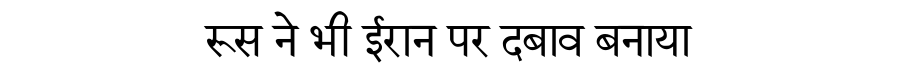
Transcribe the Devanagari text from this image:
रूस ने भी ईरान पर दबाव बनाया